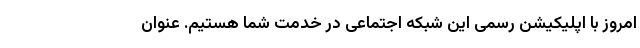
امروز با اپلیکیشن رسمی این شبکه اجتماعی در خدمت شما هستیم. عنوان